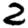
Digit: 2